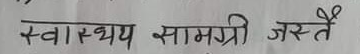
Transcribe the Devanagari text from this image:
स्वास्थ्य सामग्री जस्तै